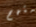
متهم